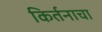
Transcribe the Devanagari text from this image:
किर्तनाचा